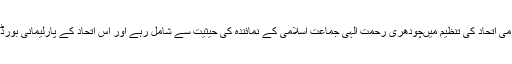
1977میں پاکستان قومی اتحاد کی تنظیم میںچودھری رحمت الٰہی جماعت اسلامی کے نمائندہ کی حیثیت سے شامل رہے اور اس اتحاد کے پارلیمانی بورڈ کے ممبر بھی رہے ۔